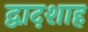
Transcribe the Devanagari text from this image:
द्वादशाह